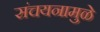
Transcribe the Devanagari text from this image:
संचयनामुळे